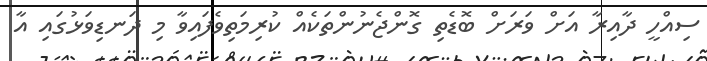
ސިއްހީ ދާއިރާ އަށް ވަރަށް ބޮޑެތި ގޮންޖެނުންތަކެއް ކުރިމަތިވެފައިވާ މި ދަނޑިވަޅުގައި އާ